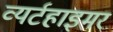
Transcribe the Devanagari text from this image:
व्यर्टहाइमर